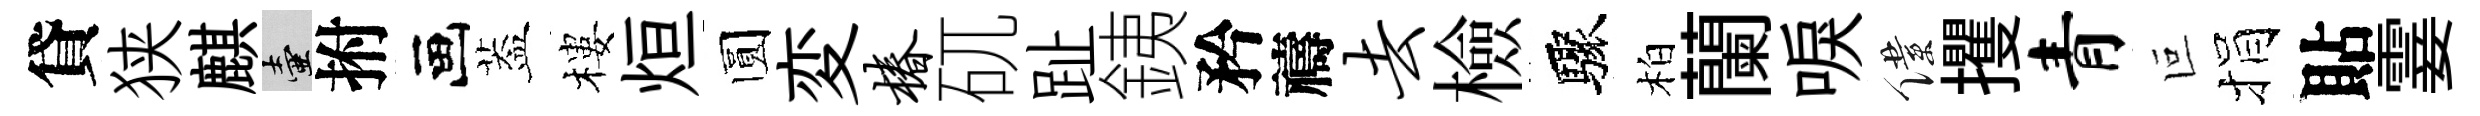
貸狭麒壺拊画葢樓烜圆変椿矹趾銕矜禱去檢驟柏蘭唳僕攫青叵捐貼霎